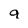
Character: 9